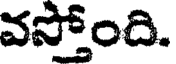
వస్తోంది.